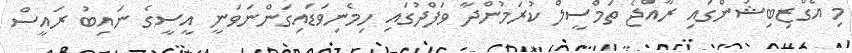
މި އެގްޒިބިޝަންގައި ރާއްޖެ ތަމްސީލް ކުރަމުންދާ ވަފްދުގައި ހިމެނިވަޑައިގަންނަވަނީ އީސީގެ ނައިބު ރައީސް